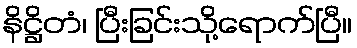
နိဋ္ဌိတံ၊ ပြီးခြင်းသို့ရောက်ပြီ။